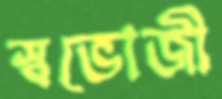
স্বভোজী